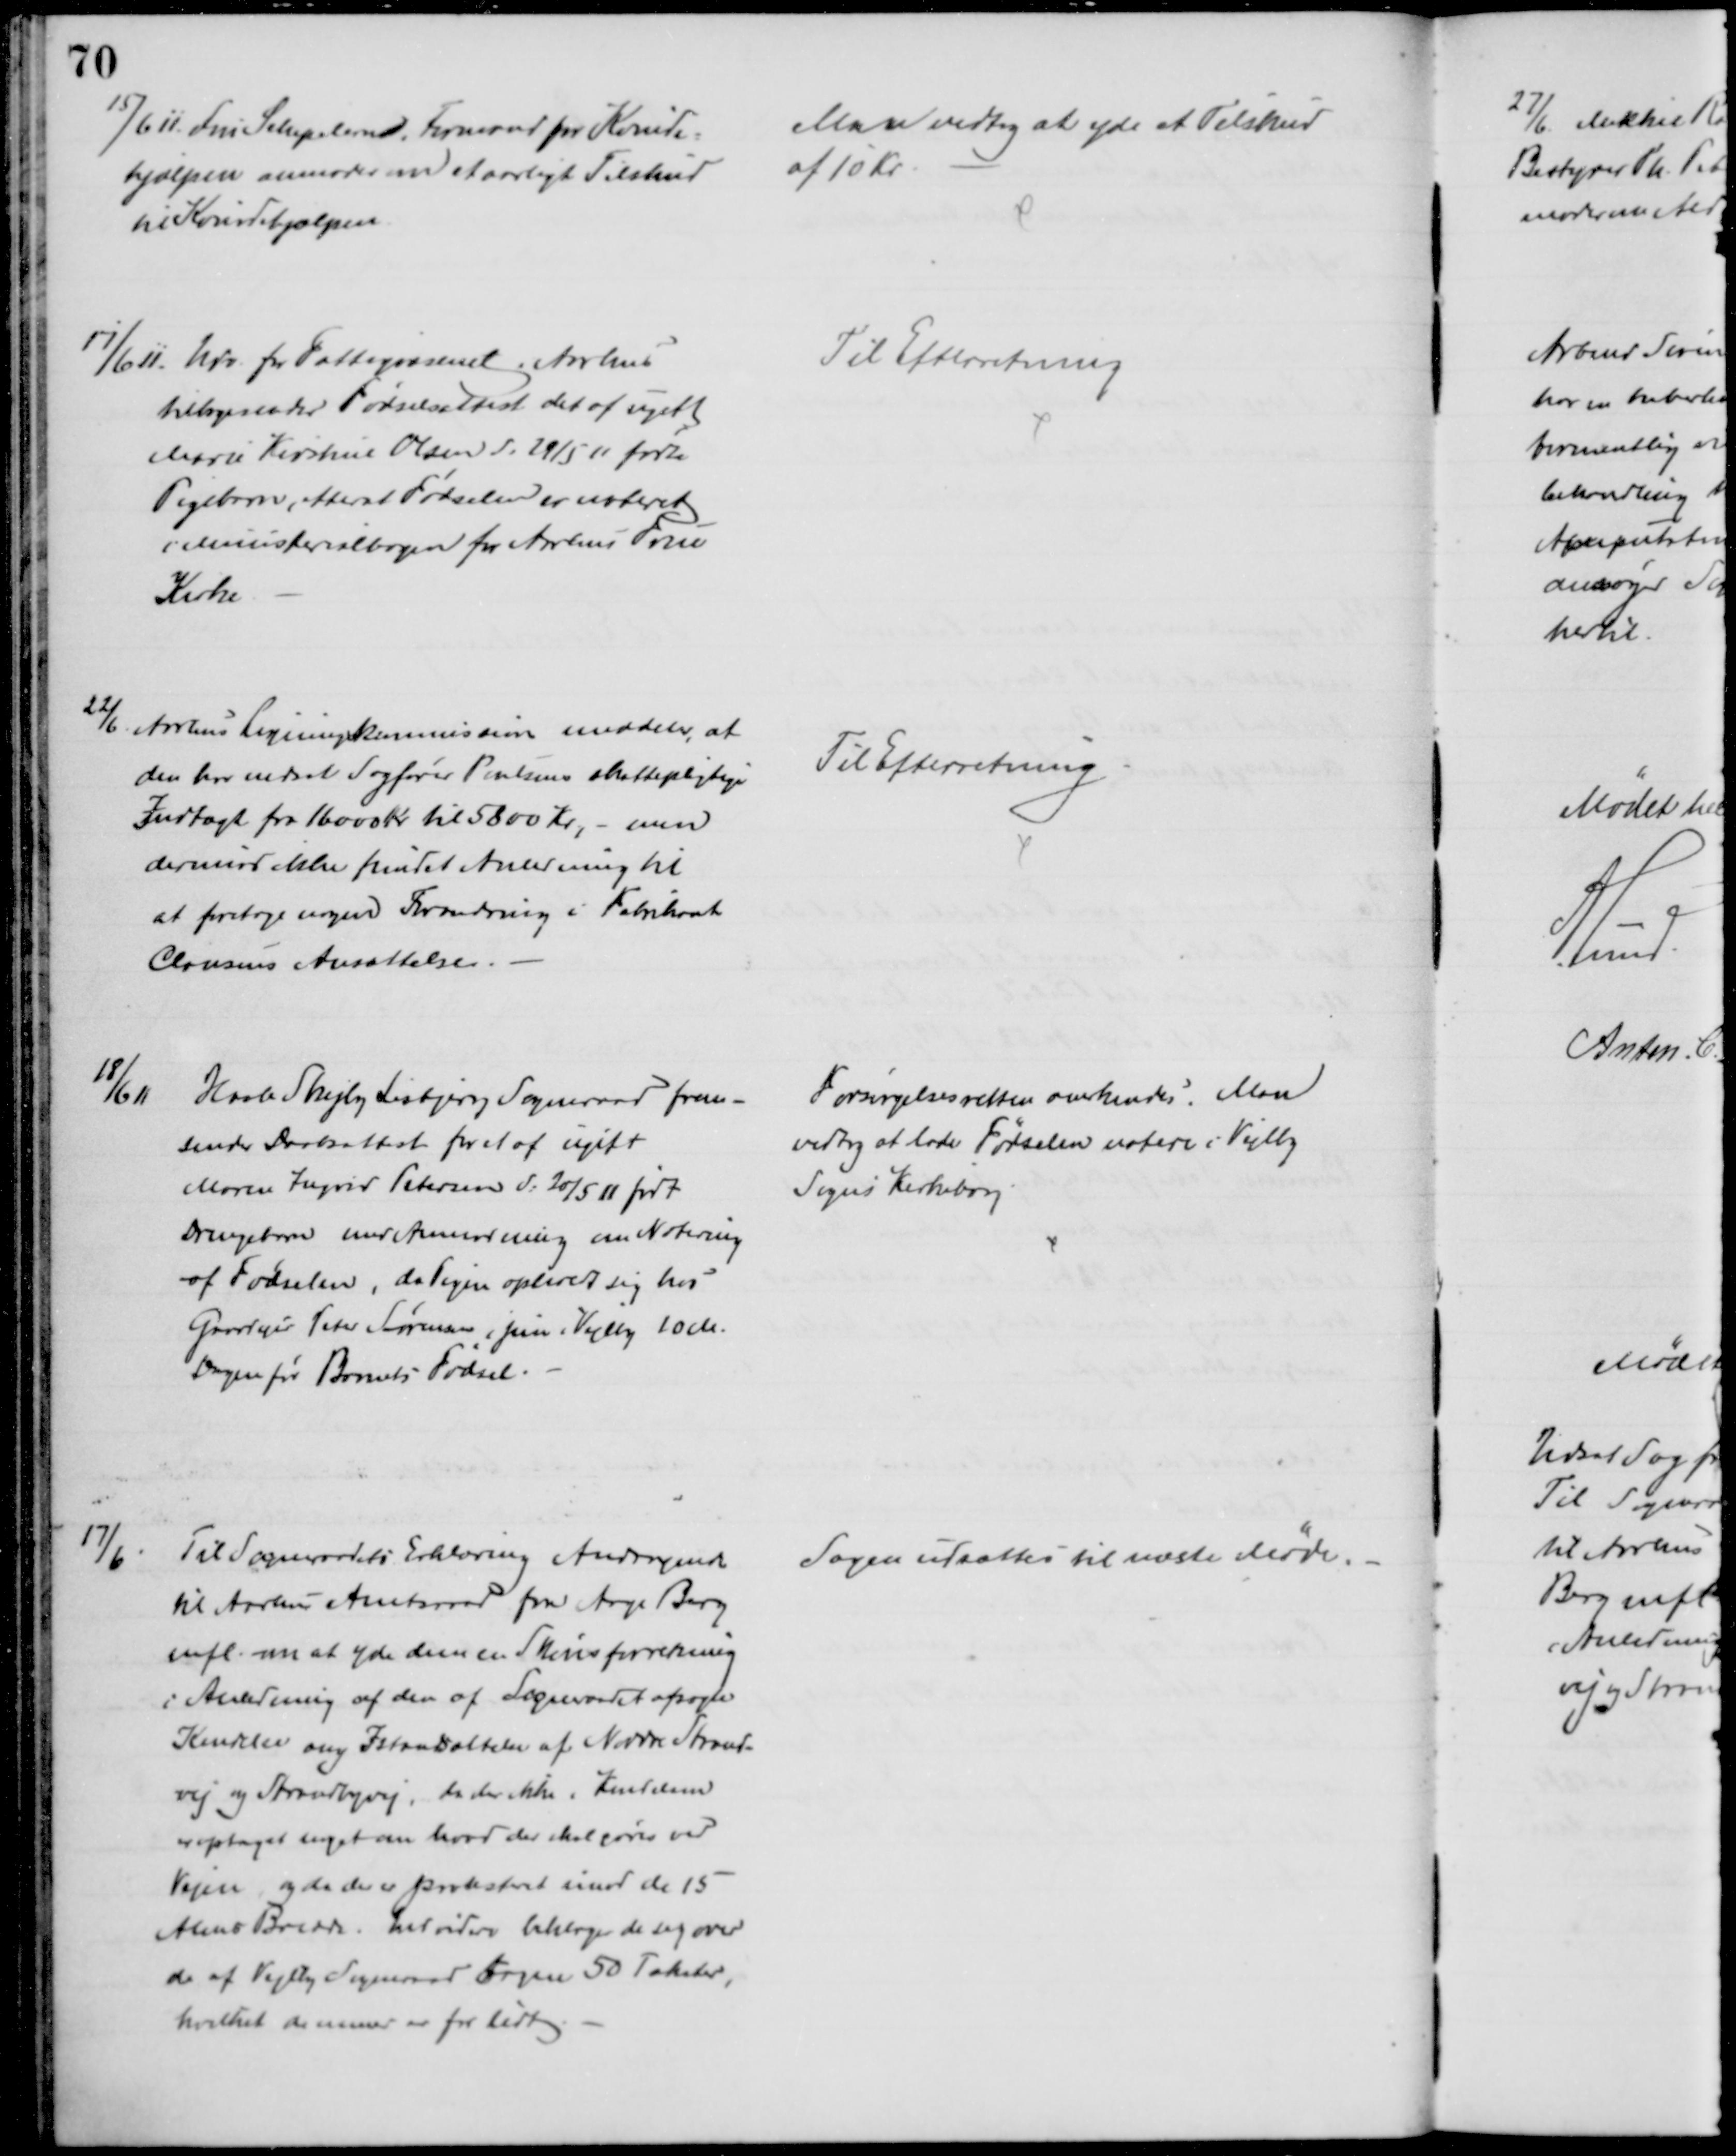
Transskription:
15/6 11. Fru Schepelern, Formand for Kvinde-
hjælpen anmoder om et aarligt Tilskud
til Kvindehjælpen
Man vedtog at yde et Tilskud
af 10 Kr
17/6 11. Udv. for Fattigvæsenet i Aarhus
tilbagesender Fødselsattest det af ugift
Marie Kirstine Olsen d. 29/5 11 fødte
Pigebarn, efterat Fødselsen er noteret
i Ministerialbogen for Aarhus Frue
Kirke
Til Efterretning
22/6 Aarhus Ligningskommission meddeler, at 
den har nedsat Sagfører Poulsens skattepligtige
Indtægt fra 16000 Kr til 5800 Kr, - men
derimod ikke fundet Anledning til
at foretage nogen Forandring i Fabrikant
Clausens Ansættelse.
Til Efterretning
18/6 11
Hasle Skejby Lisbjerg Sogneraad frem-
sender Daabsattest for et af ugift
Maren Ingrid Petersen d: 20/5 11 født
Drengebarn med Anmodning om Notering
af Fødselen, da Pigen opholdt sig hos
Gaardejer Peter Sørensen, jun i Vejlby 10 M
Dagen før Barnets Fødsel.
Forsørgelsesretten anerkendes. Man
vedtog at lade Fødselen notere i Vejlby
Sogns Kirkebog
17/6
Til Sogneraadets Erklæring Andragende
til Aarhus Amtsraad fra Aage Berg
mfl. om at yde dem en Skønsforretning
i Anledning af den af Sogneraadet afsagte
Kendelse ang Istandsættelse af Nordre Strand-
vej og Strandbyvej, da der ikke i Kendelsen
er optaget noget om hvad der skal gøres ved
Vejen, og da der er protesteret imod de 15
Alens Bredde. Endvidere beklager de sig over
de af Vejlby Sogneraad tagne 50 Takster,
hvilket de mener er for lidt
Sagen udsattes til næste Møde.